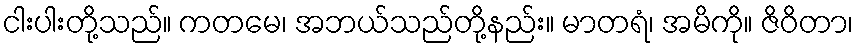
ငါးပါးတို့သည်။ ကတမေ၊ အဘယ်သည်တို့နည်း။ မာတရံ၊ အမိကို။ ဇိဝိတာ၊